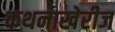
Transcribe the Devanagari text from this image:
कथनाखेरीज